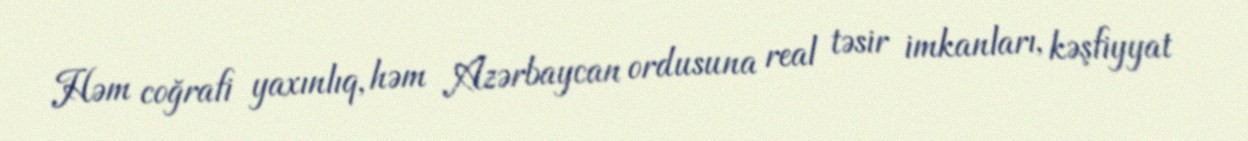
Həm coğrafi yaxınlıq, həm Azərbaycan ordusuna real təsir imkanları, kəşfiyyat